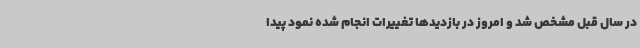
در سال قبل مشخص شد و امروز در بازدیدها تغییرات انجام شده نمود پیدا